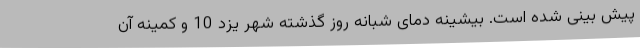
پیش بینی شده است. بیشینه دمای شبانه روز گذشته شهر یزد 10 و کمینه آن